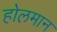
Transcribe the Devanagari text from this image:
होलमान